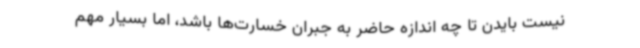
نیست بایدن تا چه اندازه حاضر به جبران خسارت‌ها باشد، اما بسیار مهم